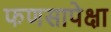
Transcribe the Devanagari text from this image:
फणसापेक्षा